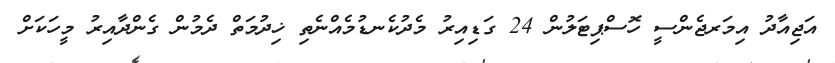
އަޖިއާދު އިމަރޖެންސީ ހޮސްޕިޓަލުން 24 ގަޑިއިރު މެދުކެނޑުމެއްނެތި ޚިދުމަތް ދެމުން ގެންދާއިރު މީހަކަށް